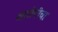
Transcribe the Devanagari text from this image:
आरोपीचा